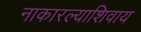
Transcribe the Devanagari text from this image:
नाकारल्याशिवाय